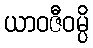
ယာဝဇီဝမ္ပိ